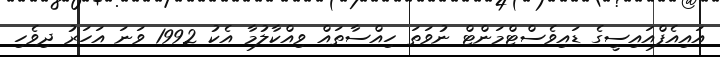
އައިއެފްއައިސީގެ ޑައިވެސްޓްމަންޓް ނުވަތަ ހިއްސާތައް ވިއްކާލުމާ އެކު 1992 ވަނަ އަހަރު ދިވެހި